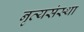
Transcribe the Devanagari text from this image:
नृत्यसंस्था